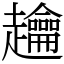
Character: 䟑